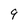
Character: 9